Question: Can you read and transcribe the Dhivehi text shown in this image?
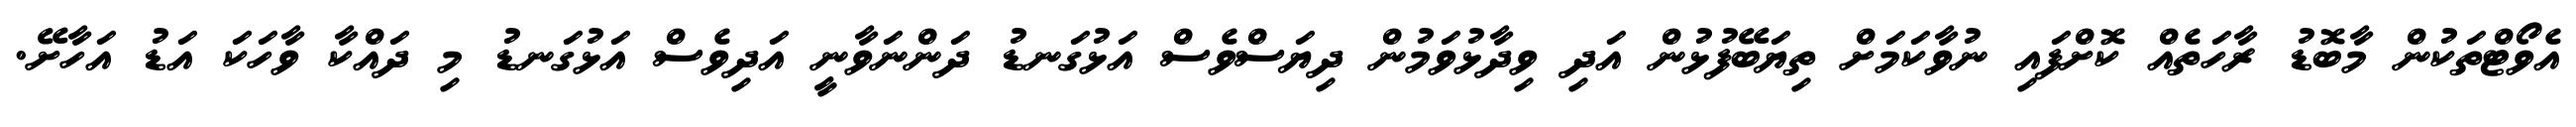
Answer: އެވޯޓްތަކުން މާބޮޑު ރާހަތެއް ކޮށްފައި ނުވާކަމަށް ތިޔަބޭފުޅުން އަދި ވިދާޅުވަމުން ދިޔަސްވެސް އަޅުގަނޑު ދަންނަވާނީ އަދިވެސް އަޅުގަނޑު މި ދައްކާ ވާހަކަ އަޑު އަހާށޭ.